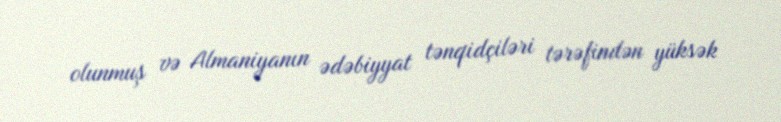
olunmuş və Almaniyanın ədəbiyyat tənqidçiləri tərəfindən yüksək